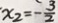
x _ { 2 } = - \frac { 3 } { 2 }